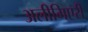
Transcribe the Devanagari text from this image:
अलीमिएरी